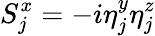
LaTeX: S_{j}^{x}=-i\eta_{j}^{y}\eta_{j}^{z}